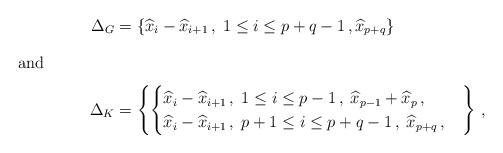
LaTeX: \begin{align*}\Delta_{G}&=\{\widehat{x}_i-\widehat{x}_{i+1}\,,\;1\leq i\leq p+q-1\,, \widehat{x}_{p+q}\}\\\intertext{and}\Delta_{K}&=\left\{\begin{cases}\widehat{x}_i-\widehat{x}_{i+1}\,,\;1\leq i\leq p-1\,,\; \widehat{x}_{p-1}+\widehat{x}_{p}\,,\\\widehat{x}_i-\widehat{x}_{i+1}\,,\;p+1\leq i\leq p+q-1\,,\; \widehat{x}_{p+q}\,,\end{cases}\right\}\,,\end{align*}